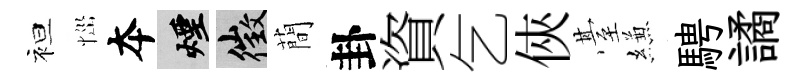
袒𢙉夲煙徵蕳卦資乞俠䑓縑騁譎